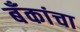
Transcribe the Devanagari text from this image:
बँकांचा